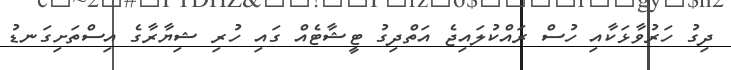
ދިގު ހަރުވާޅަކާއި ހުސް ރައްކުލައިޖެ އަތްދިގު ޓީޝާޓެއް ގައި ހުރި ޝިޔާރާގެ އިސްތަށިގަނޑު